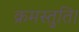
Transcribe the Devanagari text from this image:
क्रमस्तुति।